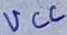
Text: VCC